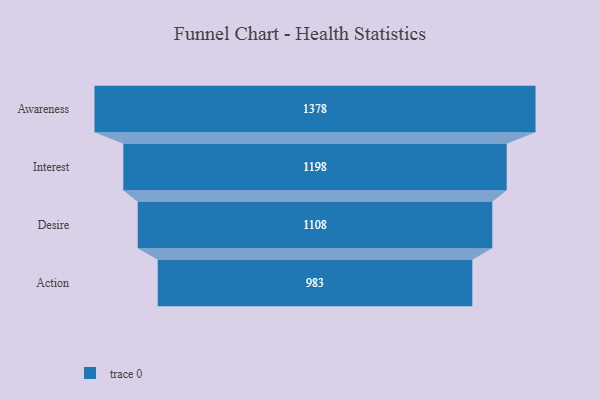
{"axis": {"x": "Stage", "y": "Value"}, "legend": [""], "data": [{"x": "Awareness", "y": 1378.0, "type": ""}, {"x": "Interest", "y": 1198.0, "type": ""}, {"x": "Desire", "y": 1108.0, "type": ""}, {"x": "Action", "y": 983.0, "type": ""}]}